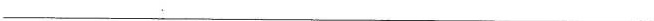
___